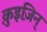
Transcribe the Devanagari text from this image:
क़ुइज़िन्